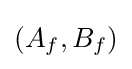
(A_{f},B_{f})